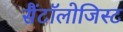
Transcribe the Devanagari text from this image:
सैंटॉलोजिस्ट